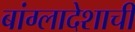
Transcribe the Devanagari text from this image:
बांग्लादेशाची